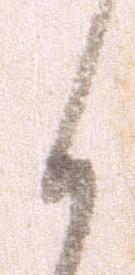
く